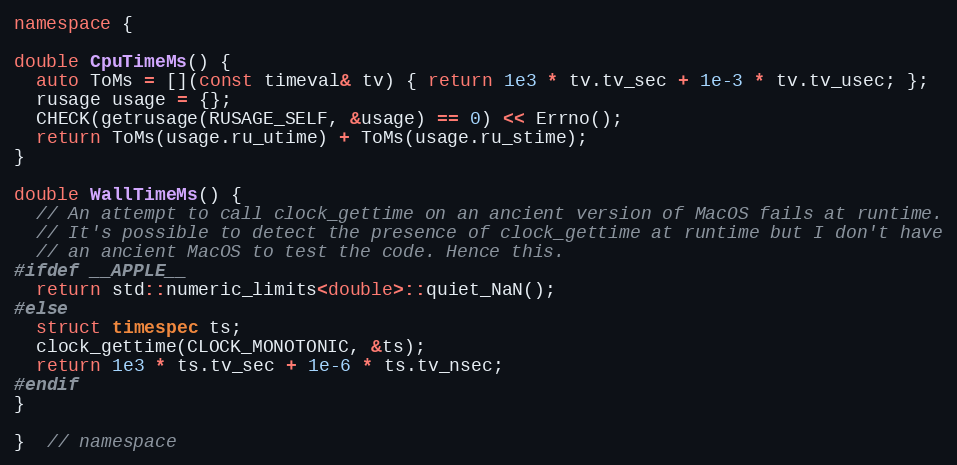
Language: C++
namespace {

double CpuTimeMs() {
  auto ToMs = [](const timeval& tv) { return 1e3 * tv.tv_sec + 1e-3 * tv.tv_usec; };
  rusage usage = {};
  CHECK(getrusage(RUSAGE_SELF, &usage) == 0) << Errno();
  return ToMs(usage.ru_utime) + ToMs(usage.ru_stime);
}

double WallTimeMs() {
  // An attempt to call clock_gettime on an ancient version of MacOS fails at runtime.
  // It's possible to detect the presence of clock_gettime at runtime but I don't have
  // an ancient MacOS to test the code. Hence this.
#ifdef __APPLE__
  return std::numeric_limits<double>::quiet_NaN();
#else
  struct timespec ts;
  clock_gettime(CLOCK_MONOTONIC, &ts);
  return 1e3 * ts.tv_sec + 1e-6 * ts.tv_nsec;
#endif
}

}  // namespace